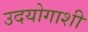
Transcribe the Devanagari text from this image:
उदयोगाशी